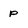
Character: P